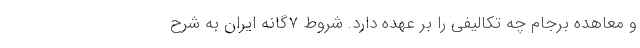
و معاهده برجام چه تکالیفی را بر عهده دارد. شروط ۷گانه ایران به شرح